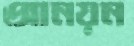
আনয়ন